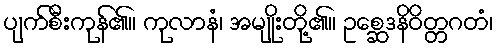
ပျက်စီးကုန်၏။ ကုလာနံ၊ အမျိုးတို့၏။ ဥစ္ဆေဒနိဝိတ္တဂတံ၊